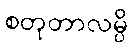
စတုတာလမ္ပိ